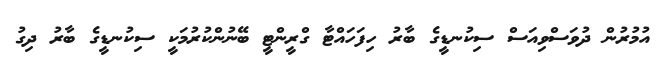
އުމުރުން ދުވަސްވިއަސް ސިކުނޑީގެ ބާރު ހިފަހައްޓާ ގްރީންޓީ ބޭނުންކުރުމަކީ ސިކުނޑީގެ ބާރު ދިގު